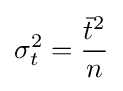
\sigma _{t}^{2}={\frac {{\bar {t}}^{2}}{n}}